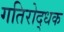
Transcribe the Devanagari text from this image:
गतिरोद्धक